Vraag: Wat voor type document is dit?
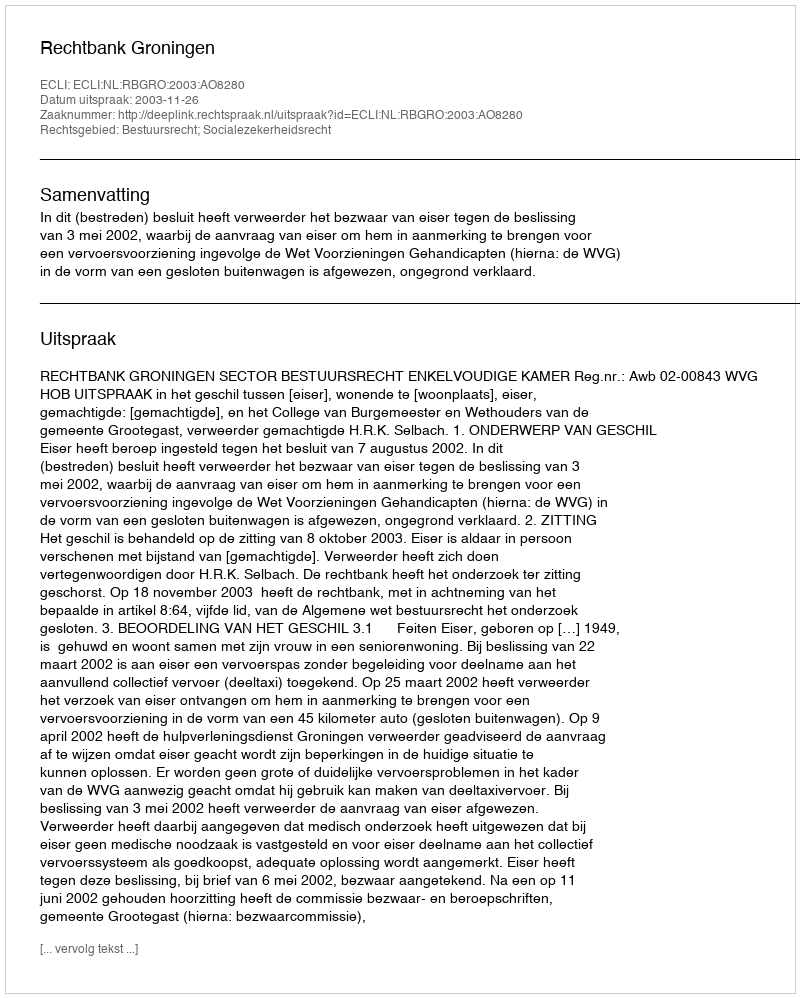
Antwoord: Uitspraak